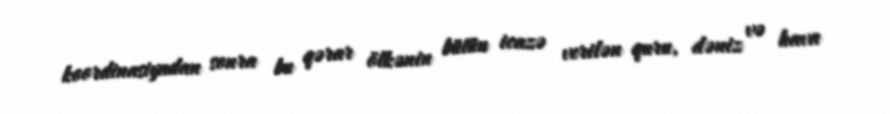
koordinasiyadan sonra bu qərar ölkənin bütün icazə verilən quru, dəniz və hava